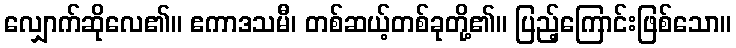
လျှောက်ဆိုလေ၏။ ဧကာဒသမီ၊ တစ်ဆယ့်တစ်ခုတို့၏။ ပြည့်ကြောင်းဖြစ်သော။